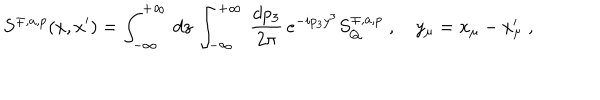
LaTeX: S ^ { \mp , a , p } ( x , x ^ { \prime } ) = \int _ { - \infty } ^ { + \infty } \, d z \, \int _ { - \infty } ^ { + \infty } \, \frac { d p _ { 3 } } { 2 \pi } \, e ^ { - i p _ { 3 } y ^ { 3 } } S _ { Q } ^ { \mp , a , p } \; , \quad y _ { \mu } = x _ { \mu } - x _ { \mu } ^ { \prime } \; ,